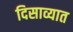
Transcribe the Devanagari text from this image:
दिसाव्यात